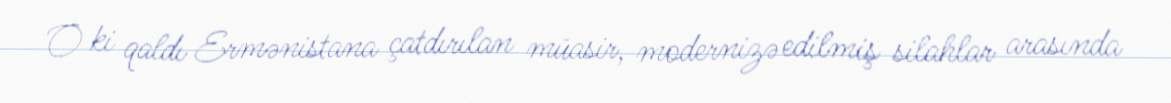
O ki qaldı Ermənistana çatdırılan müasir, modernizə edilmiş silahlar arasında